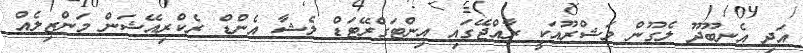
އަދި އެނބޫދޫ ލެގޫން މަޝްރޫއަކީ ރާއްޖޭގައި އިންޓަގްރޭޓަޑް ލެޝާ އެންޑް ރެކްރިއޭޝަން މަންޒިލެއް